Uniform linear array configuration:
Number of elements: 8
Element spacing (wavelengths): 0.25
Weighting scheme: binomial
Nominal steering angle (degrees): -15
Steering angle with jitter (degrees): -15.252
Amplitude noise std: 0.05
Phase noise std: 0.05

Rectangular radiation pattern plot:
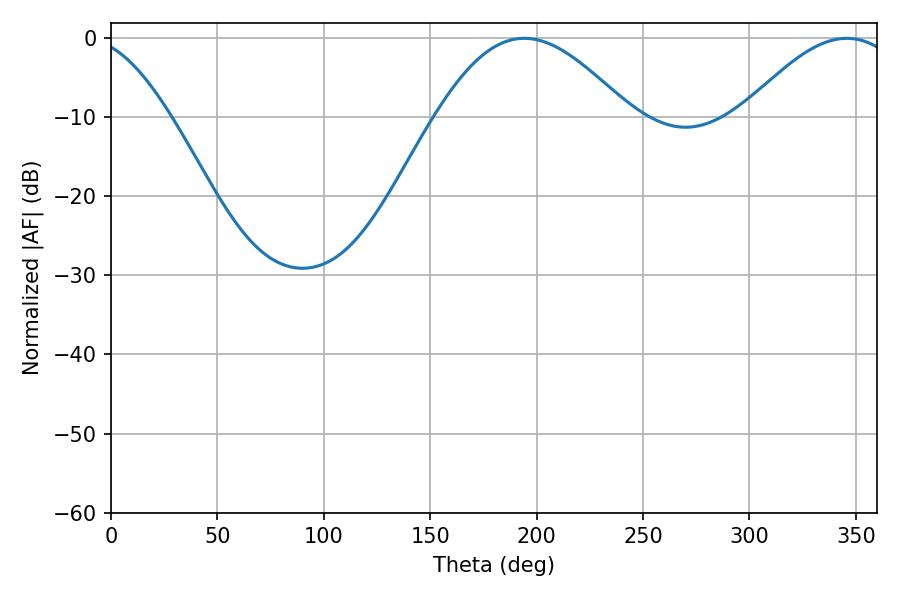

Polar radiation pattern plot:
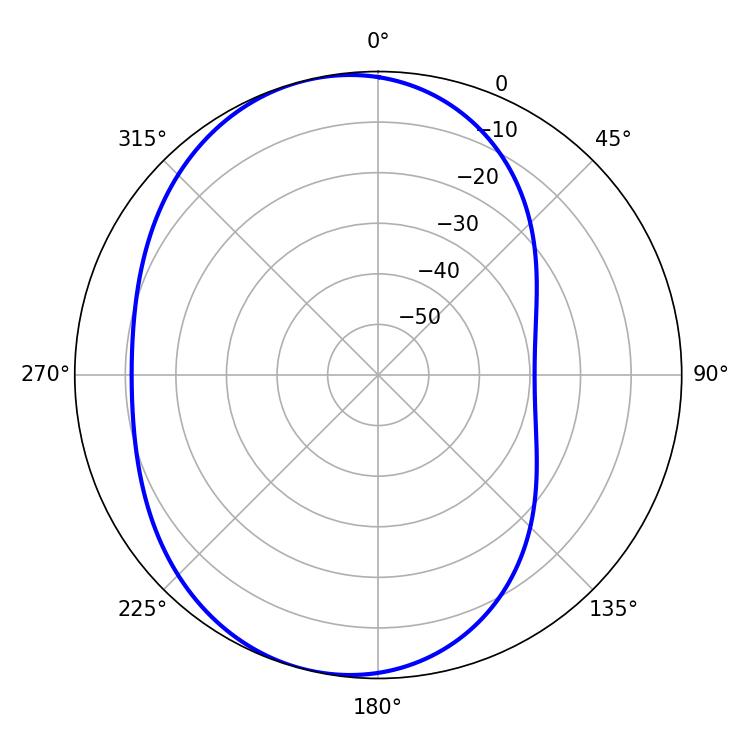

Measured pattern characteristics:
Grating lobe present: FALSE
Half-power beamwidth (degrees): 49.14
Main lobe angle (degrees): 194.22